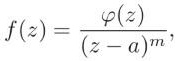
\[
f(z)=\frac{\varphi(z)}{(z - a)^m},
\]